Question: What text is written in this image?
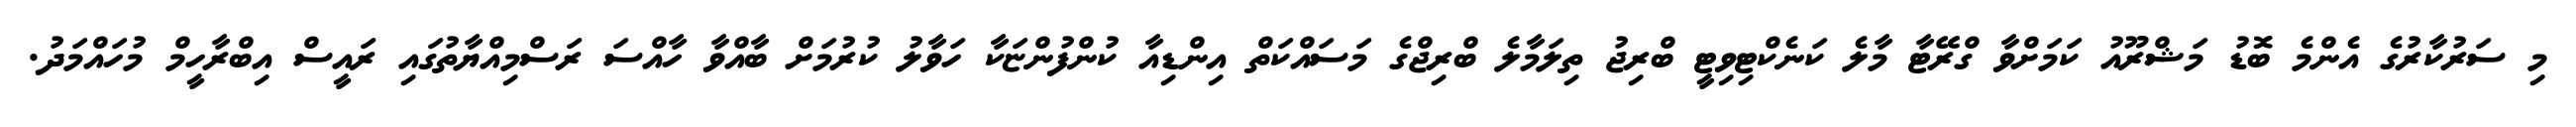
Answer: މި ސަރުކާރުގެ އެންމެ ބޮޑު މަޝްރޫއު ކަމަށްވާ ގްރޭޓާ މާލެ ކަނެކްޓިވިޓީ ބްރިޖު ތިލަމާލެ ބްރިޖްގެ މަސައްކަތް އިންޑިއާ ކުންފުންޏަކާ ހަވާލު ކުރުމަށް ބާއްވާ ހާއްސަ ރަސްމިއްޔާތުގައި ރައީސް އިބްރާހީމް މުހައްމަދު.